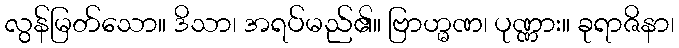
လွန်မြတ်သော။ ဒိသာ၊ အရပ်မည်၏။ ဗြာဟ္မဏ၊ ပုဏ္ဏား။ ခုရာဇိနာ၊